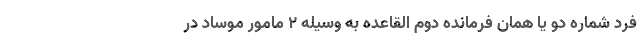
فرد شماره دو یا همان فرمانده دوم القاعده به وسیله 2 مامور موساد در